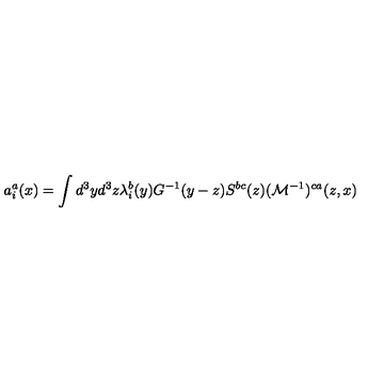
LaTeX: a _ { i } ^ { a } ( x ) = \int d ^ { 3 } y d ^ { 3 } z \lambda _ { i } ^ { b } ( y ) G ^ { - 1 } ( y - z ) S ^ { b c } ( z ) ( { \cal M } ^ { - 1 } ) ^ { c a } ( z , x )